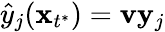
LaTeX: \hat{y}_{j}(\mathbf x_{t^{*}})=\mathbf{v}\mathbf y_{j}